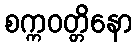
စက္ကဝတ္တိနော